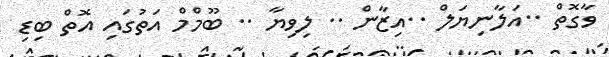
ވާގޮތް ..އަލާނިޔަލް ..އިޒާން .. ލިވިޔާ .. ބޫމްމް އަތުގައި އޮތް ބިޑި